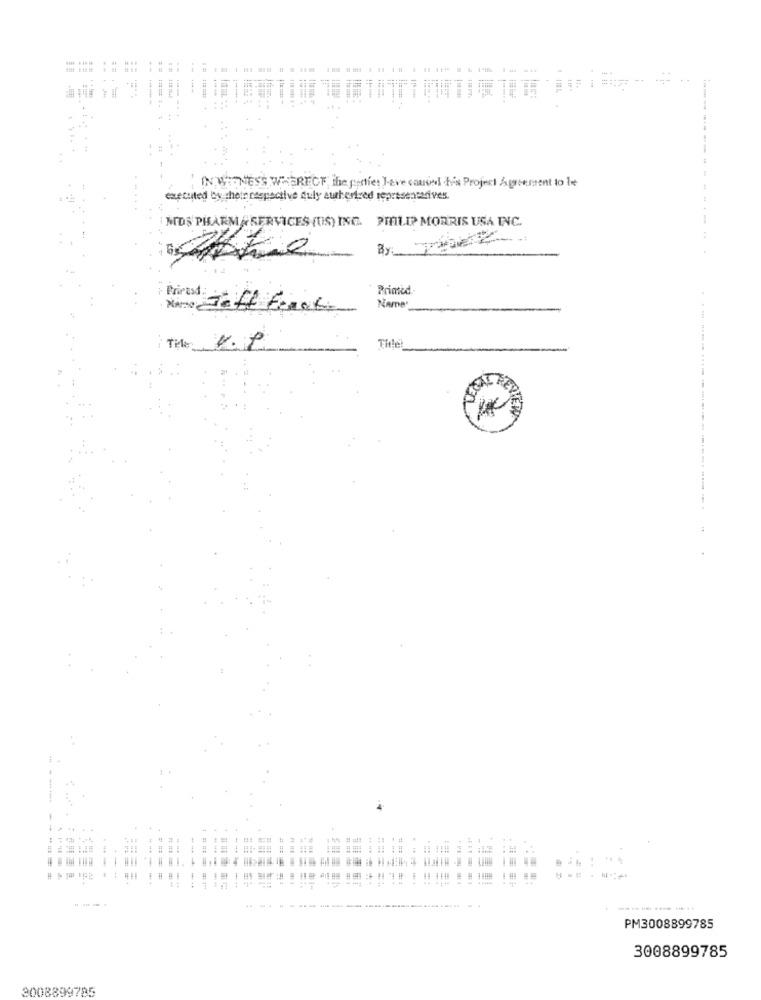
= =
11 1134
---
1
IN WITNESS WHERECT, the panties I-eve caused b's Project Agreement to le
executed by their respective fuly aucherfred representerives
MOS PHARMASERVICES (US) ING. PHILIP MORRIS USA INC.
Primed.
Name
The
The
1
--
PM3008899785
3008899785
3008899795